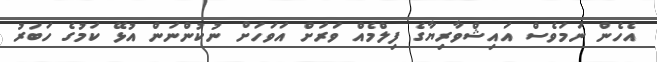
އެހެން ނަމަވެސް އައިޝްވާރިޔާގެ ފިލްމެއް ވަރަށް އަވަހަށް ނުކުންނަން އުޅޭ ކަމުގެ ހަބަރު